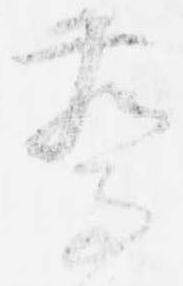
驚